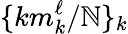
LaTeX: \{ km_{k}^{\ell}/\mathbb{N}\} _{k}